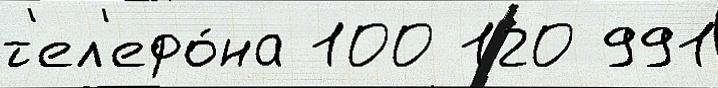
т'ел'ефо́на 100 120 991